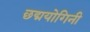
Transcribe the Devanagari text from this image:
छद्मयोगिनी